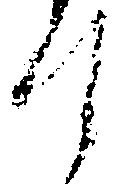
て